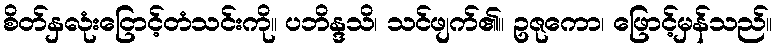
စိတ်နှလုံးငြောင့်တံသင်းကို။ ပဘိန္ဒသိ၊ သင်ဖျက်၏။ ဥဇုကော၊ ဖြောင့်မှန်သည်။